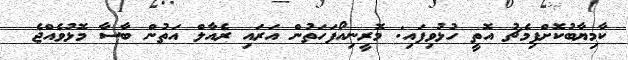
ކާމިޔާބުކޮށްފިމެޗު އޮތީ ހުޅުވިފައި: މޮރީނިއޯފަހަތުން އަރައި ރެއާލް އަތުން ބާސާ މޮޅުވެއްޖެ